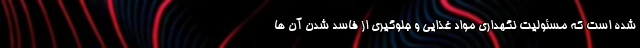
شده است که مسئولیت نگهداری مواد غذایی و جلوگیری از فاسد شدن آن ها